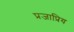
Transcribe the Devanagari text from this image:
प्रजाप्रिय